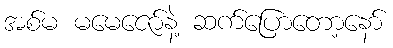
အစ်မ မမေဇော်နဲ့ ဆက်ပြောတော့နော်